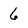
Character: 6